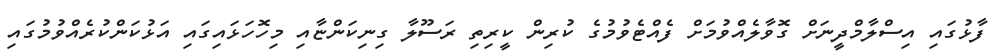
ފާޅުގައި އިސްލާމްދީނަށް ގޮވާލެއްވުމަށް ފެއްޓެވުމުގެ ކުރިން ކީރިތި ރަސޫލާ ގިނިކަންޏާއި މިހޮހަޅައިގައި އަޅުކަންކުރެއްވުމުގައި